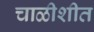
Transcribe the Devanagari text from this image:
चाळीशीत